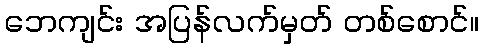
ဘေကျင်း အပြန်လက်မှတ် တစ်စောင်။